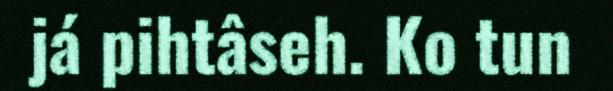
já pihtâseh. Ko tun